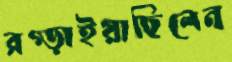
রগ্‌ড়াইয়াছিলেন